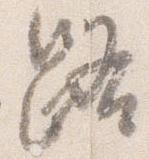
路